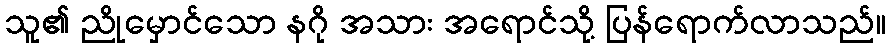
သူ၏ ညိုမှောင်သော နဂို အသား အရောင်သို့ ပြန်ရောက်လာသည်။